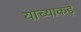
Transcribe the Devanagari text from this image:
याच्याकड़े